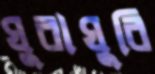
ঘুরাঘুরি